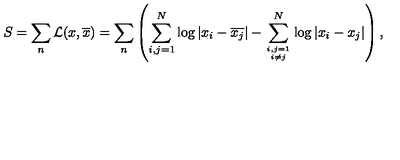
S = \sum _ { n } { \cal L } ( x , \overline { { x } } ) = \sum _ { n } \left( \sum _ { i , j = 1 } ^ { N } \log | x _ { i } - \overline { { x _ { j } } } | - \sum _ { i , j = 1 \atop i \ne j } ^ { N } \log | x _ { i } - { x _ { j } } | \right) ,